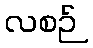
လစဉ်